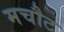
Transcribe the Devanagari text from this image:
मचौट